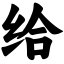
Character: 给